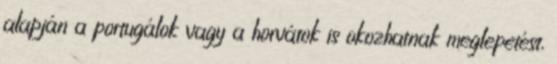
alapján a portugálok vagy a horvátok is okozhatnak meglepetést,